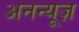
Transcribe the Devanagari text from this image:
अनन्यूज़